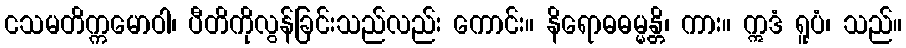
ငသမတိက္ကမောဝါ၊ ပီတိကိုလွန်ခြင်းသည်လည်း ကောင်း။ နိရောဓဓမ္မန္တိ၊ ကား။ ဣဒံ ရူပံ၊ သည်။